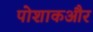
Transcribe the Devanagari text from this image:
पोशाकऔर